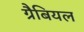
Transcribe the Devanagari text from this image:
ग्रैबियल